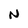
Character: N